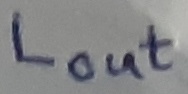
Text: LOUT